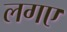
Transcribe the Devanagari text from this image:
लगए